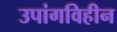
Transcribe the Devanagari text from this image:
उपांगविहीन